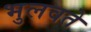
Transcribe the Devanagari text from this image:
भुलवते